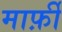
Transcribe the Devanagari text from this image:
मार्फ़ी